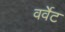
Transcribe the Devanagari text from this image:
वर्वेट